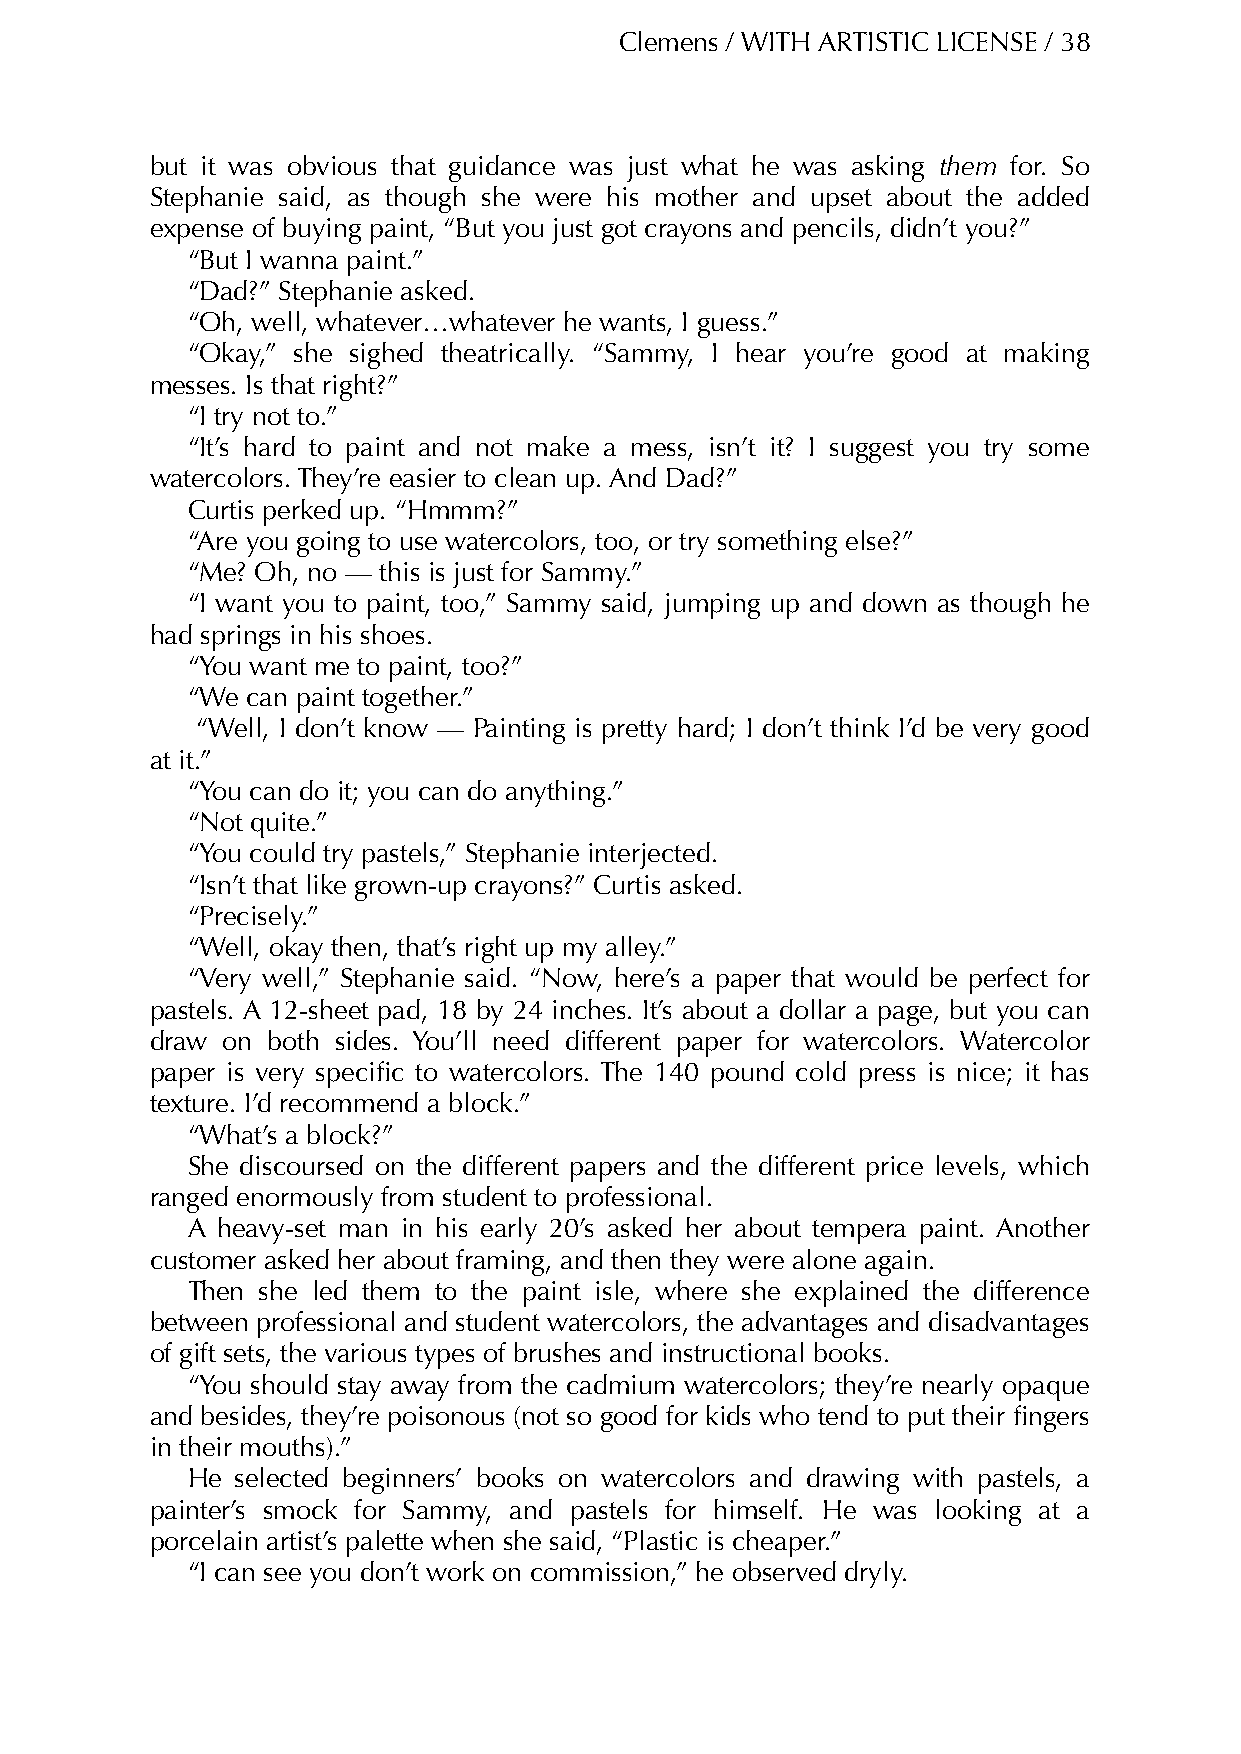
Clemens / WITH ARTISTIC LICENSE / 38
 but it was obvious that guidance was just what he was asking them for. So
 Stephanie said, as though she were his mother and upset about the added
 expense of buying paint, “But you just got crayons and pencils, didn’t you?”
 “But I wanna paint.”
 “Dad?” Stephanie asked.
 “Oh, well, whatever…whatever he wants, I guess.”
 “Okay,” she sighed theatrically. “Sammy, I hear you’re good at making
 messes. Is that right?”
 “I try not to.”
 “It’s hard to paint and not make a mess, isn’t it? I suggest you try some
 watercolors. They’re easier to clean up. And Dad?”
 Curtis perked up. “Hmmm?”
 “Are you going to use watercolors, too, or try something else?”
 “Me? Oh, no — this is just for Sammy.”
 “I want you to paint, too,” Sammy said, jumping up and down as though he
 had springs in his shoes.
 “You want me to paint, too?”
 “We can paint together.”
 “Well, I don’t know — Painting is pretty hard; I don’t think I’d be very good
 at it.”
 “You can do it; you can do anything.”
 “Not quite.”
 “You could try pastels,” Stephanie interjected.
 “Isn’t that like grown-up crayons?” Curtis asked.
 “Precisely.”
 “Well, okay then, that’s right up my alley.”
 “Very well,” Stephanie said. “Now, here’s a paper that would be perfect for
 pastels. A 12-sheet pad, 18 by 24 inches. It’s about a dollar a page, but you can
 draw on both sides. You’ll need different paper for watercolors. Watercolor
 paper is very specific to watercolors. The 140 pound cold press is nice; it has
 texture. I’d recommend a block.”
 “What’s a block?”
 She discoursed on the different papers and the different price levels, which
 ranged enormously from student to professional.
 A heavy-set man in his early 20’s asked her about tempera paint. Another
 customer asked her about framing, and then they were alone again.
 Then she led them to the paint isle, where she explained the difference
 between professional and student watercolors, the advantages and disadvantages
 of gift sets, the various types of brushes and instructional books.
 “You should stay away from the cadmium watercolors; they’re nearly opaque
 and besides, they’re poisonous (not so good for kids who tend to put their fingers
 in their mouths).”
 He  selected beginners’ books on watercolors and drawing with pastels, a
 painter’s smock for Sammy, and pastels for himself. He was looking at a
 porcelain artist’s palette when she said, “Plastic is cheaper.”
 “I can see you don’t work on commission,” he observed dryly.